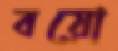
বয়ো